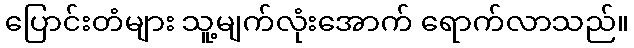
ပြောင်းတံများ သူ့မျက်လုံးအောက် ရောက်လာသည်။